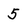
Character: 5